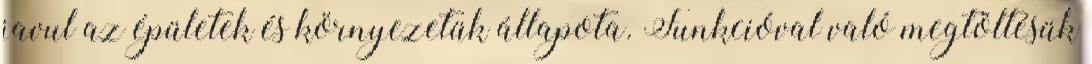
javul az épületek és környezetük állapota. Funkcióval való megtöltésük